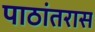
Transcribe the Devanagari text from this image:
पाठांतरास